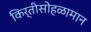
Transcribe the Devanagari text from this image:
किर्तीसोहळामान